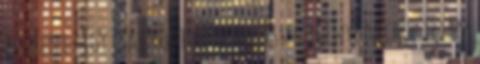
beszélni- így csak röviden a teljesség igénye nélkül írtam